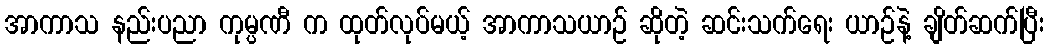
အာကာသ နည်းပညာ ကုမ္ပဏီ က ထုတ်လုပ်မယ့် အာကာသယာဉ် ဆိုတဲ့ ဆင်းသက်ရေး ယာဉ်နဲ့ ချိတ်ဆက်ပြီး